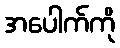
အပေါက်ကို